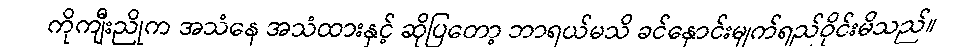
ကိုကျီးညိုက အသံနေ အသံထားနှင့် ဆိုပြတော့ ဘာရယ်မသိ ခင်နှောင်းမျက်ရည်ဝိုင်းမိသည်။